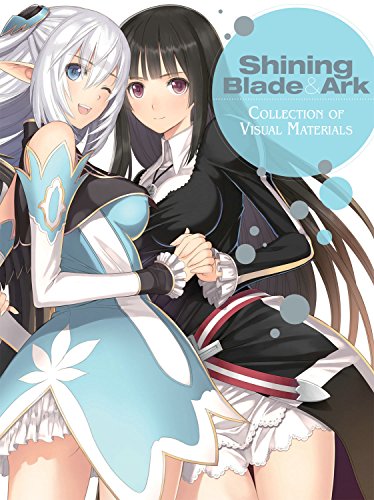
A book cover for Shining Blade & Ark: Collection of Visual Materials; Sega; Arts & Photography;